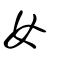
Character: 女